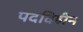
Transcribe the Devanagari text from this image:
पदविहीन